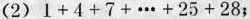
(2)$$1 + 4 + 7 + … + 2 5 + 2 8$$；